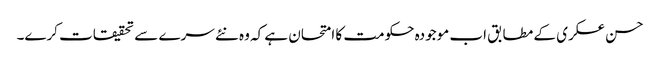
حسن عسکری کے مطابق اب موجودہ حکومت کا امتحان ہے کہ وہ نئے سرے سے تحقیقات کرے۔